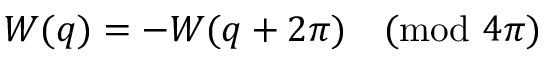
W ( q ) = - W ( q + 2 \pi ) \pmod { 4 \pi }